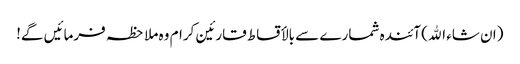
(ان شاء اﷲ) آئندہ شمارے سے بالأقساط قارئین کرام وہ ملاحظہ فرمائیں گے!